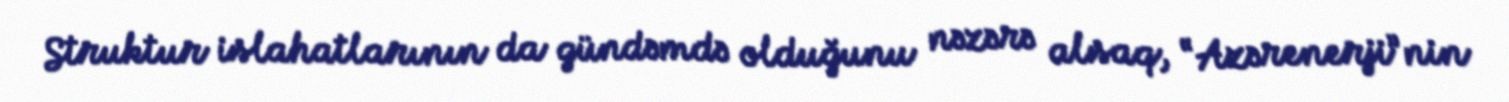
Struktur islahatlarının da gündəmdə olduğunu nəzərə alsaq, “Azərenerji”nin